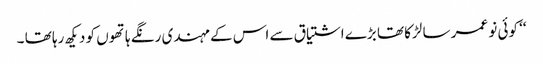
‘‘ کوئی نو عمر سا لڑکا تھا بڑے اشتیاق سے اس کے مہندی رنگے ہاتھوں کو دیکھ رہا تھا ۔